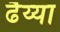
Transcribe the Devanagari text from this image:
ढैय्या